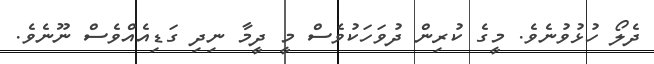
ދެލޯ ހުޅުވުނެވެ. މީގެ ކުރިން ދުވަހަކުވެސް މީ ދީމާ ނިދި ގަޑިިއެއްވެސް ނޫނެވެ.